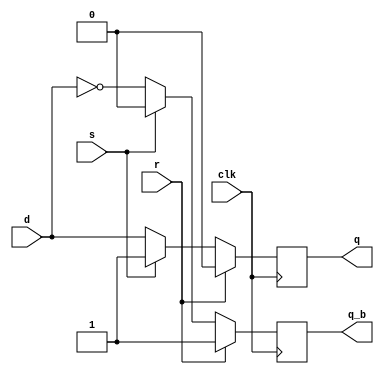
`timescale 1ns/100ps
module d_ff_sr_synch (input d, s, r, clk, output reg q, q_b);
always @(posedge clk) begin //posedge s, posedge r   
    if (r) begin
        q <= #41'b0;
        q_b <= #3 1'b1;
    end

    else if (s) begin
        q <= #41'b1;
        q_b <= #3 1'b0;
        end
    else begin
        q <= #4 d;
        q_b <= #3~d;
    end

end
endmodule